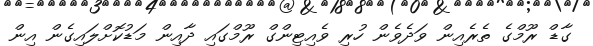
ގާޑް ރޫމްގެ ތެރެއިން ވަދެވެން ހުރި ވެއިޓިންގް ރޫމްގައި ދާއިން މަޑުކޮށްލައިގެން އިން